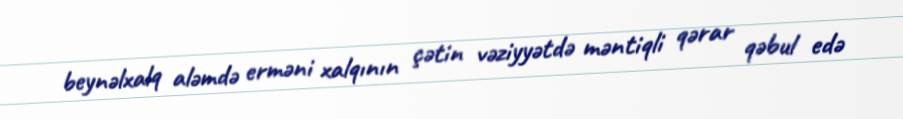
beynəlxalq aləmdə erməni xalqının çətin vəziyyətdə məntiqli qərar qəbul edə